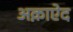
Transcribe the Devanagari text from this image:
अक़ाऐद